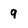
Character: 9